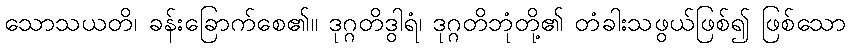
သောသယတိ၊ ခန်းခြောက်စေ၏။ ဒုဂ္ဂတိဒွါရံ၊ ဒုဂ္ဂတိဘုံတို့၏ တံခါးသဖွယ်ဖြစ်၍ ဖြစ်သော